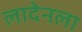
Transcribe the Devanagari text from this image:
लादेनला